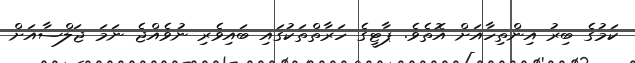
ކަމުގެ ބިރު އިންތިހާއަށް އޮތެވެ. ޕާޓީގެ ހަރާތްތަކުގައި ބައިވެރި ނުވެއްޖެ ނަމަ ޖަލްސާއަށް